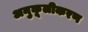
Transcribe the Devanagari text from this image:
अनुकूलीकरण